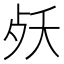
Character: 𣧕